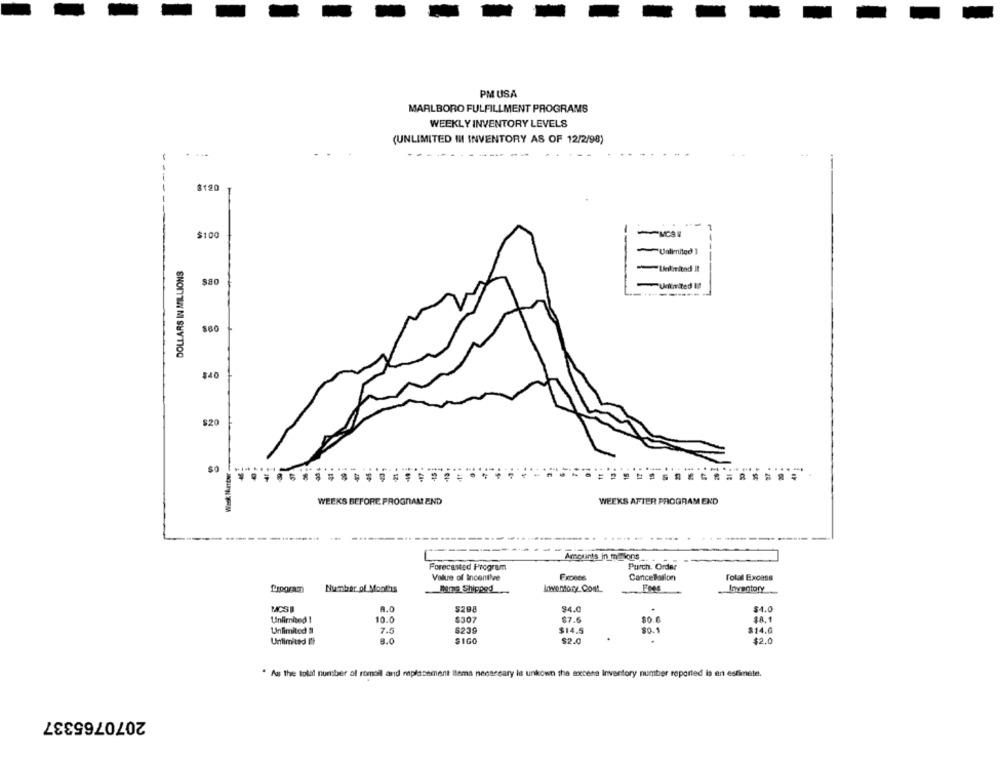
PM USA
MARLBORO FULFILLMENT PROGRAMS
WEEKLY INVENTORY LEVELS
(UNLIMITED III INVENTORY AS OF 12/2/98)
$120
$100
--
Unlimited )
DOLLARS IN MILLIONS
Ueilmind Il
sao
Unlimited !!
----------
$40
$20
... .... ..
WEEKS BEFORE PROGRAM END
WEEKS AFTER PROGRAM END
----
Amounts in misons
Forecasted Program
Purch. Order
Value of Incentive
Fx0006
Cancelation
Total Excass
Inventory
Number of Mool'is
Wns Shipped
Inventory_Cont
MCSI
A.0
$298
$4.0
54.0
10.0
$307
$7.6
SA. 1
Unlimited 1
$0.6
Unlimited #
7.5
5239
$14.5
$14.0
Unlimited Il
8.0
SIGO
$2.0
$2.0
. Ass the total number of romoil and replacement Itema necessary le unkown the eccena Inventory number reported is en estimete.
2070765337